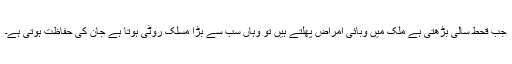
جب قحط سالی بڑھتی ہے ملک میں وبائی امراض پھلتے ہیں تو وہاں سب سے بڑا مسلک روٹی ہوتا ہے جان کی حفاظت ہوتی ہے۔